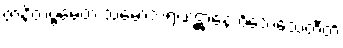
ဇာနိတဗ္ဗမေတံ သမောသရဏဋ္ဌာနေ ဝိသေသေတီတိ